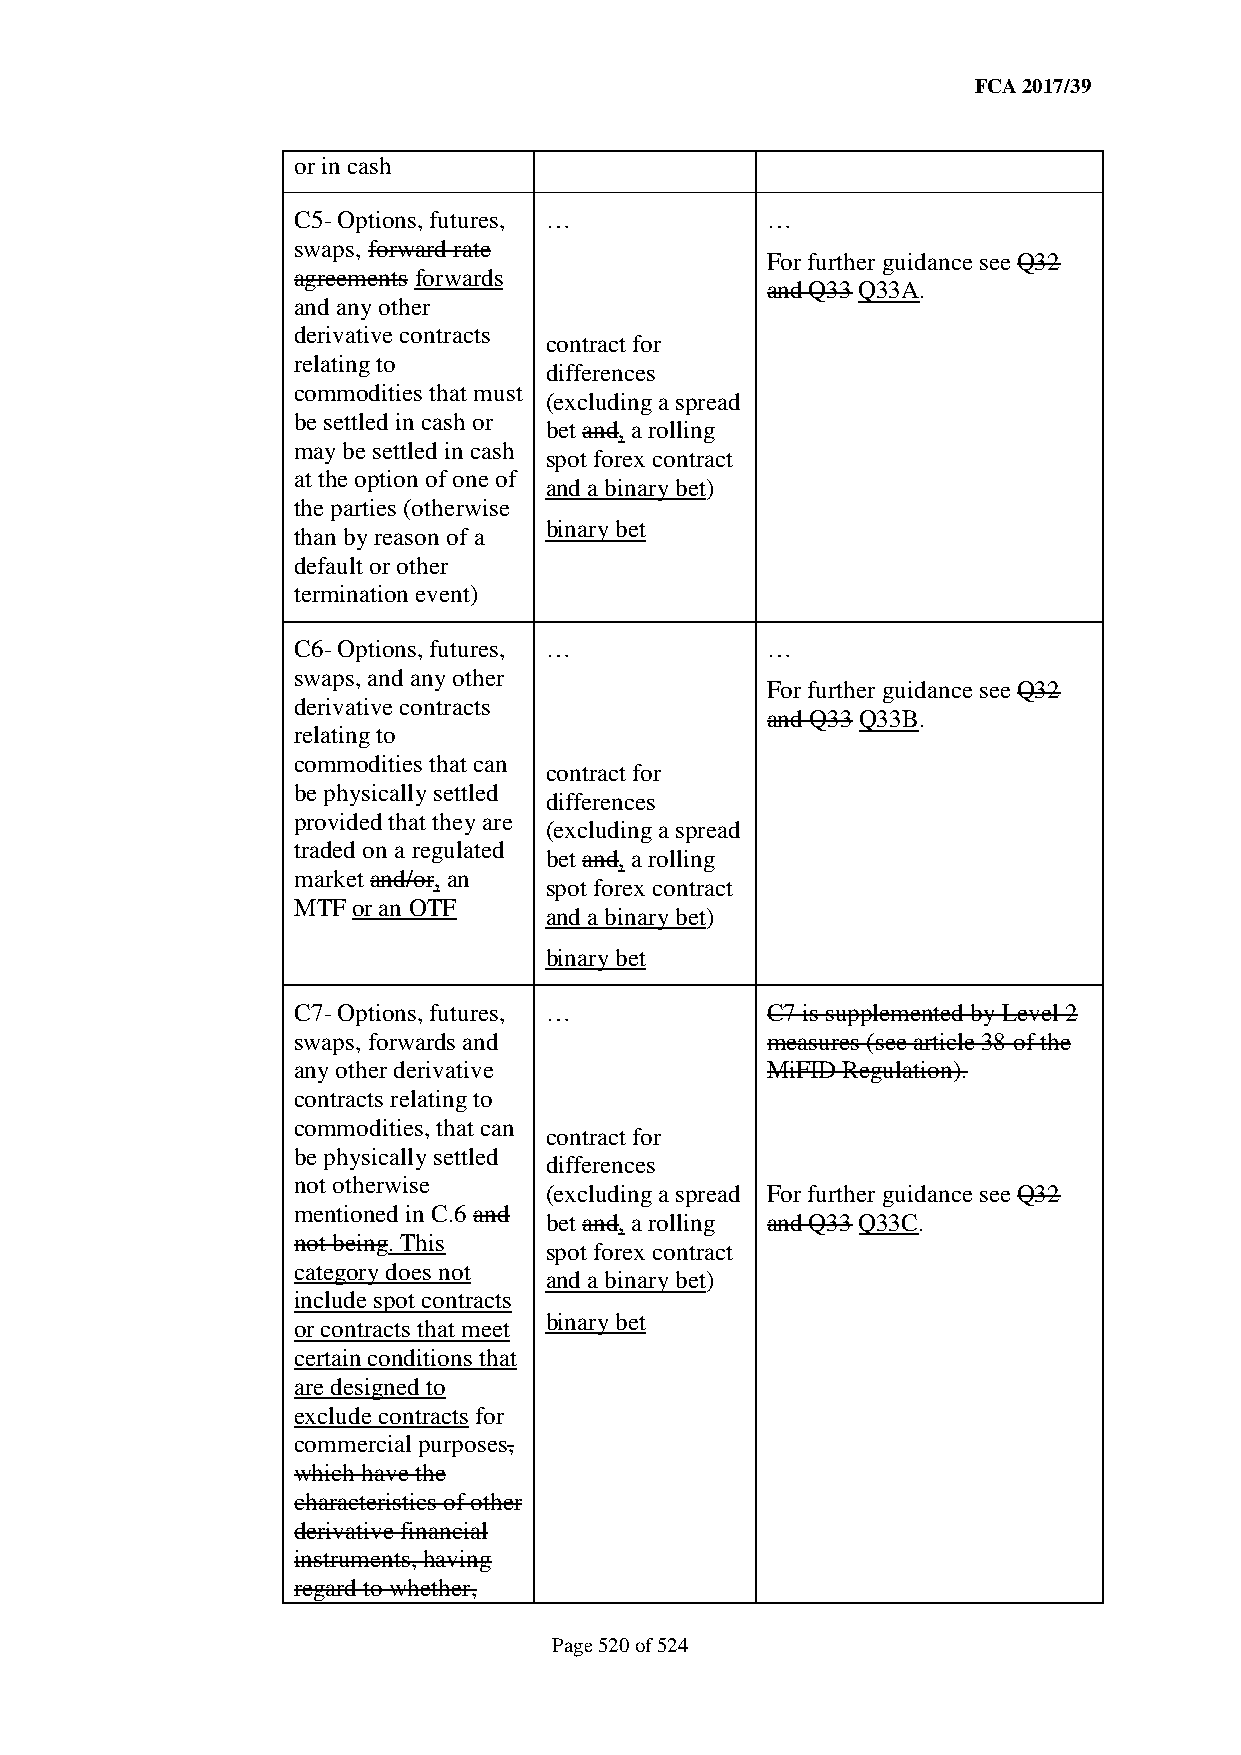
FCA 2017/39
 or in cash
 C5- Options, futures, …         …
 swaps, forward rate
 For further guidance see Q32
 agreements forwards
 and Q33 Q33A.
 and any other
 derivative contracts
 contract for
 relating to
 differences
 commodities that must
 (excluding a spread
 be settled in cash or
 bet and, a rolling
 may be settled in cash
 spot forex contract
 at the option of one of
 and a binary bet)
 the parties (otherwise
 binary bet
 than by reason of a
 default or other
 termination event)
 C6- Options, futures, …         …
 swaps, and any other
 For further guidance see Q32
 derivative contracts
 and Q33 Q33B.
 relating to
 commodities that can
 contract for
 be physically settled
 differences
 provided that they are
 (excluding a spread
 traded on a regulated
 bet and, a rolling
 market and/or, an
 spot forex contract
 MTF or an OTF
 and a binary bet)
 binary bet
 C7- Options, futures, …         C7 is supplemented by Level 2
 swaps, forwards and             measures (see article 38 of the
 any other derivative            MiFID Regulation).
 contracts relating to
 commodities, that can
 contract for
 be physically settled
 differences
 not otherwise
 (excluding a spread For further guidance see Q32
 mentioned in C.6 and
 bet and, a rolling and Q33 Q33C.
 not being. This
 spot forex contract
 category does not
 and a binary bet)
 include spot contracts
 binary bet
 or contracts that meet
 certain conditions that
 are designed to
 exclude contracts for
 commercial purposes,
 which have the
 characteristics of other
 derivative financial
 instruments, having
 regard to whether,
 Page 520 of 524